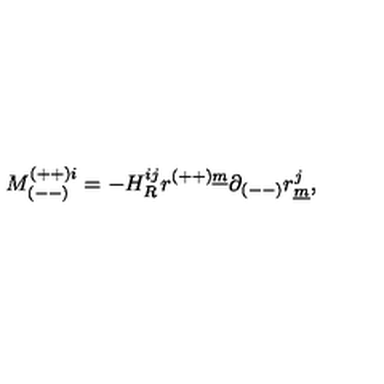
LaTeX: M _ { ( -- ) } ^ { ( + + ) i } = - H _ { R } ^ { i j } r ^ { ( + + ) \underline { { m } } } \partial _ { ( -- ) } r _ { \underline { { m } } } ^ { j } ,